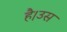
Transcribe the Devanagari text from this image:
है।उस